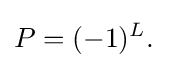
P=(-1)^{L}.\